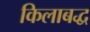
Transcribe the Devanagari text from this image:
किलाबद्ध